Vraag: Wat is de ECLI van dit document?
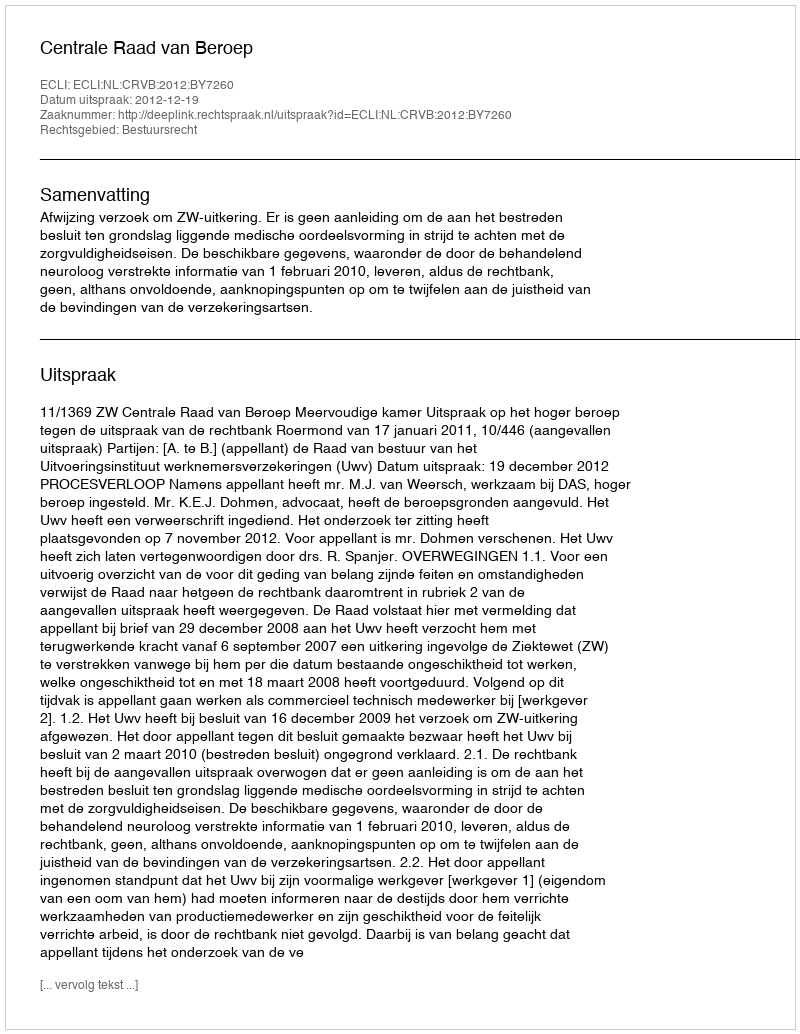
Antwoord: ECLI:NL:CRVB:2012:BY7260